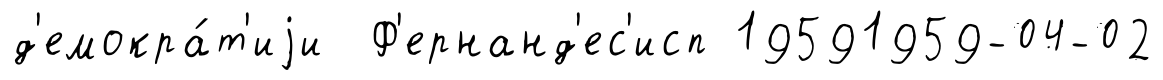
д'емокра́т'иjи Ф'ернанд'ес'исп 19591959-04-02